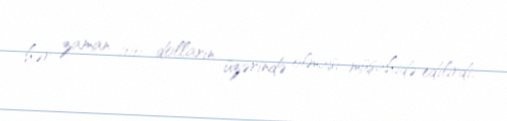
hər zaman 100 dolların üzərində olması müşahidə edilirdi.